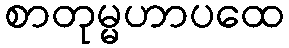
စာတုမ္မဟာပထေ